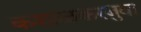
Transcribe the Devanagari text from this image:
कशाळकरबुवा